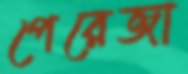
পেরেজা